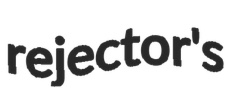
rejector's